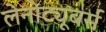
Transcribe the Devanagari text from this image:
लेनोट्यूबर्स